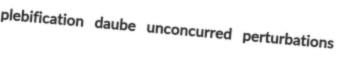
plebification daube unconcurred perturbations